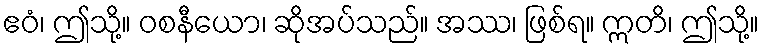
ဧဝံ၊ ဤသို့။ ဝစနီယော၊ ဆိုအပ်သည်။ အဿ၊ ဖြစ်ရ။ ဣတိ၊ ဤသို့။